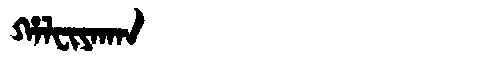
Manchu: ᡥᠠᠯᠸᡳᠶᠠᡴᠠᠨ
Romanization: HALFIYAKAN